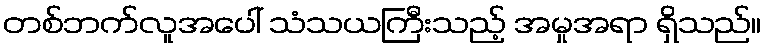
တစ်ဘက်လူအပေါ် သံသယကြီးသည့် အမှုအရာ ရှိသည်။